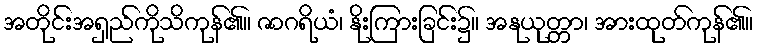
အတိုင်းအရှည်ကိုသိကုန်၏။ ဇာဂရိယံ၊ နိုးကြားခြင်း၌။ အနုယုတ္တာ၊ အားထုတ်ကုန်၏။